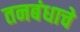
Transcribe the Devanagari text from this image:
तनबंधाचे